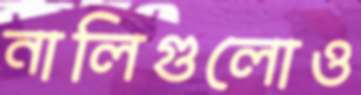
নালিগুলোও